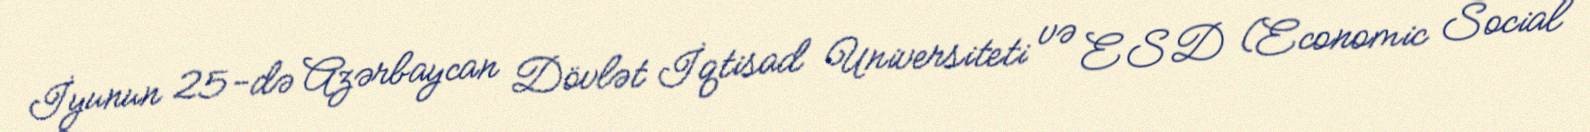
İyunun 25-də Azərbaycan Dövlət İqtisad Universiteti və ESD (Economic Social